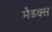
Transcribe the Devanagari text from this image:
मैडक्स